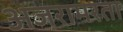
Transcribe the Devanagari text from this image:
अजरामरता